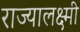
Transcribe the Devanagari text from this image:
राज्यालक्ष्मी